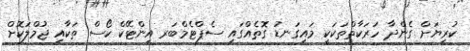
ކުރިޔަށް ގެންދާ ހަރަކާތްތަކަކީ މައިގަނޑު ގޮތެއްގައި ސެޕްޓެމްބަރ އިންޓޭކް ކޯސް ތަކާއި ޖުމްލަކޮށް